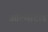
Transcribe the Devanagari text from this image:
ओल्म्सटीड